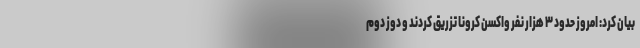
بیان کرد: امروز حدود ٣ هزار نفر واکسن کرونا تزریق کردند و دوز دوم